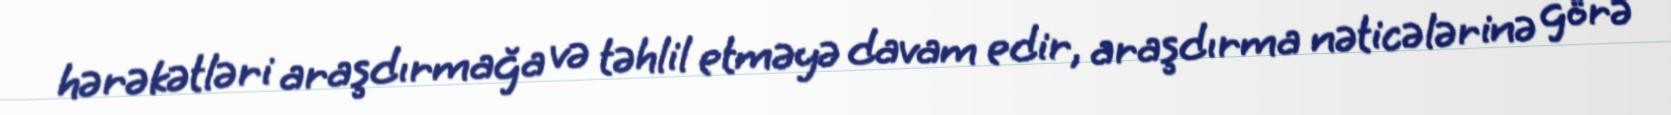
hərəkətləri araşdırmağa və təhlil etməyə davam edir, araşdırma nəticələrinə görə